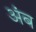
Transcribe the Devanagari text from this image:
अंब